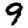
Digit: 9